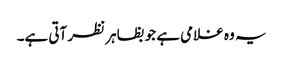
یہ وہ غلامی ہے جو بظاہر نظر آتی ہے۔